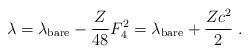
LaTeX: \begin{align*}\lambda = \lambda_{\rm bare} - \frac{Z}{48} F_4^2 =\lambda_{\rm bare} + \frac{Zc^2}{2}\ .\end{align*}